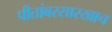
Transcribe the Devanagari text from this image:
पीतांबरसारखाच